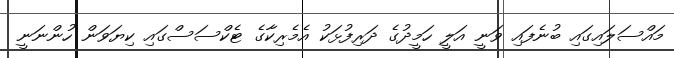
މައްސަލައިގައި ބުނެފައި ވަނީ އަލީ ހަމީދުގެ ދަރިފުޅަކު އެމެރިކާގެ ޓެކްސަސްގައި ކިޔަވަން ހުންނަނީ